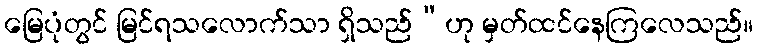
မြေပုံတွင် မြင်ရသလောက်သာ ရှိသည်”ဟု မှတ်ထင်နေကြလေသည်။